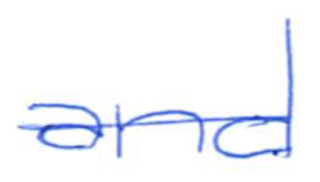
Text: and
Cross-out: single-line
Writing tool: ballpoint